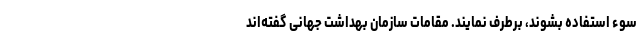
سوء استفاده بشوند، برطرف نمایند. مقامات سازمان بهداشت جهانی گفته‌اند